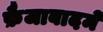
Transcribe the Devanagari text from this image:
फ़ैजाबादमें